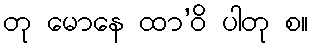
တု မောနေ ထာ’ဝိ ပါတု စ။